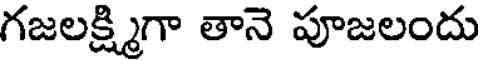
గజలక్ష్మిగా తానె పూజలందు